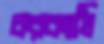
চরকাঠি